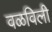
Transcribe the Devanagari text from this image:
वळविली